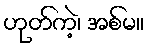
ဟုတ်ကဲ့၊ အစ်မ။